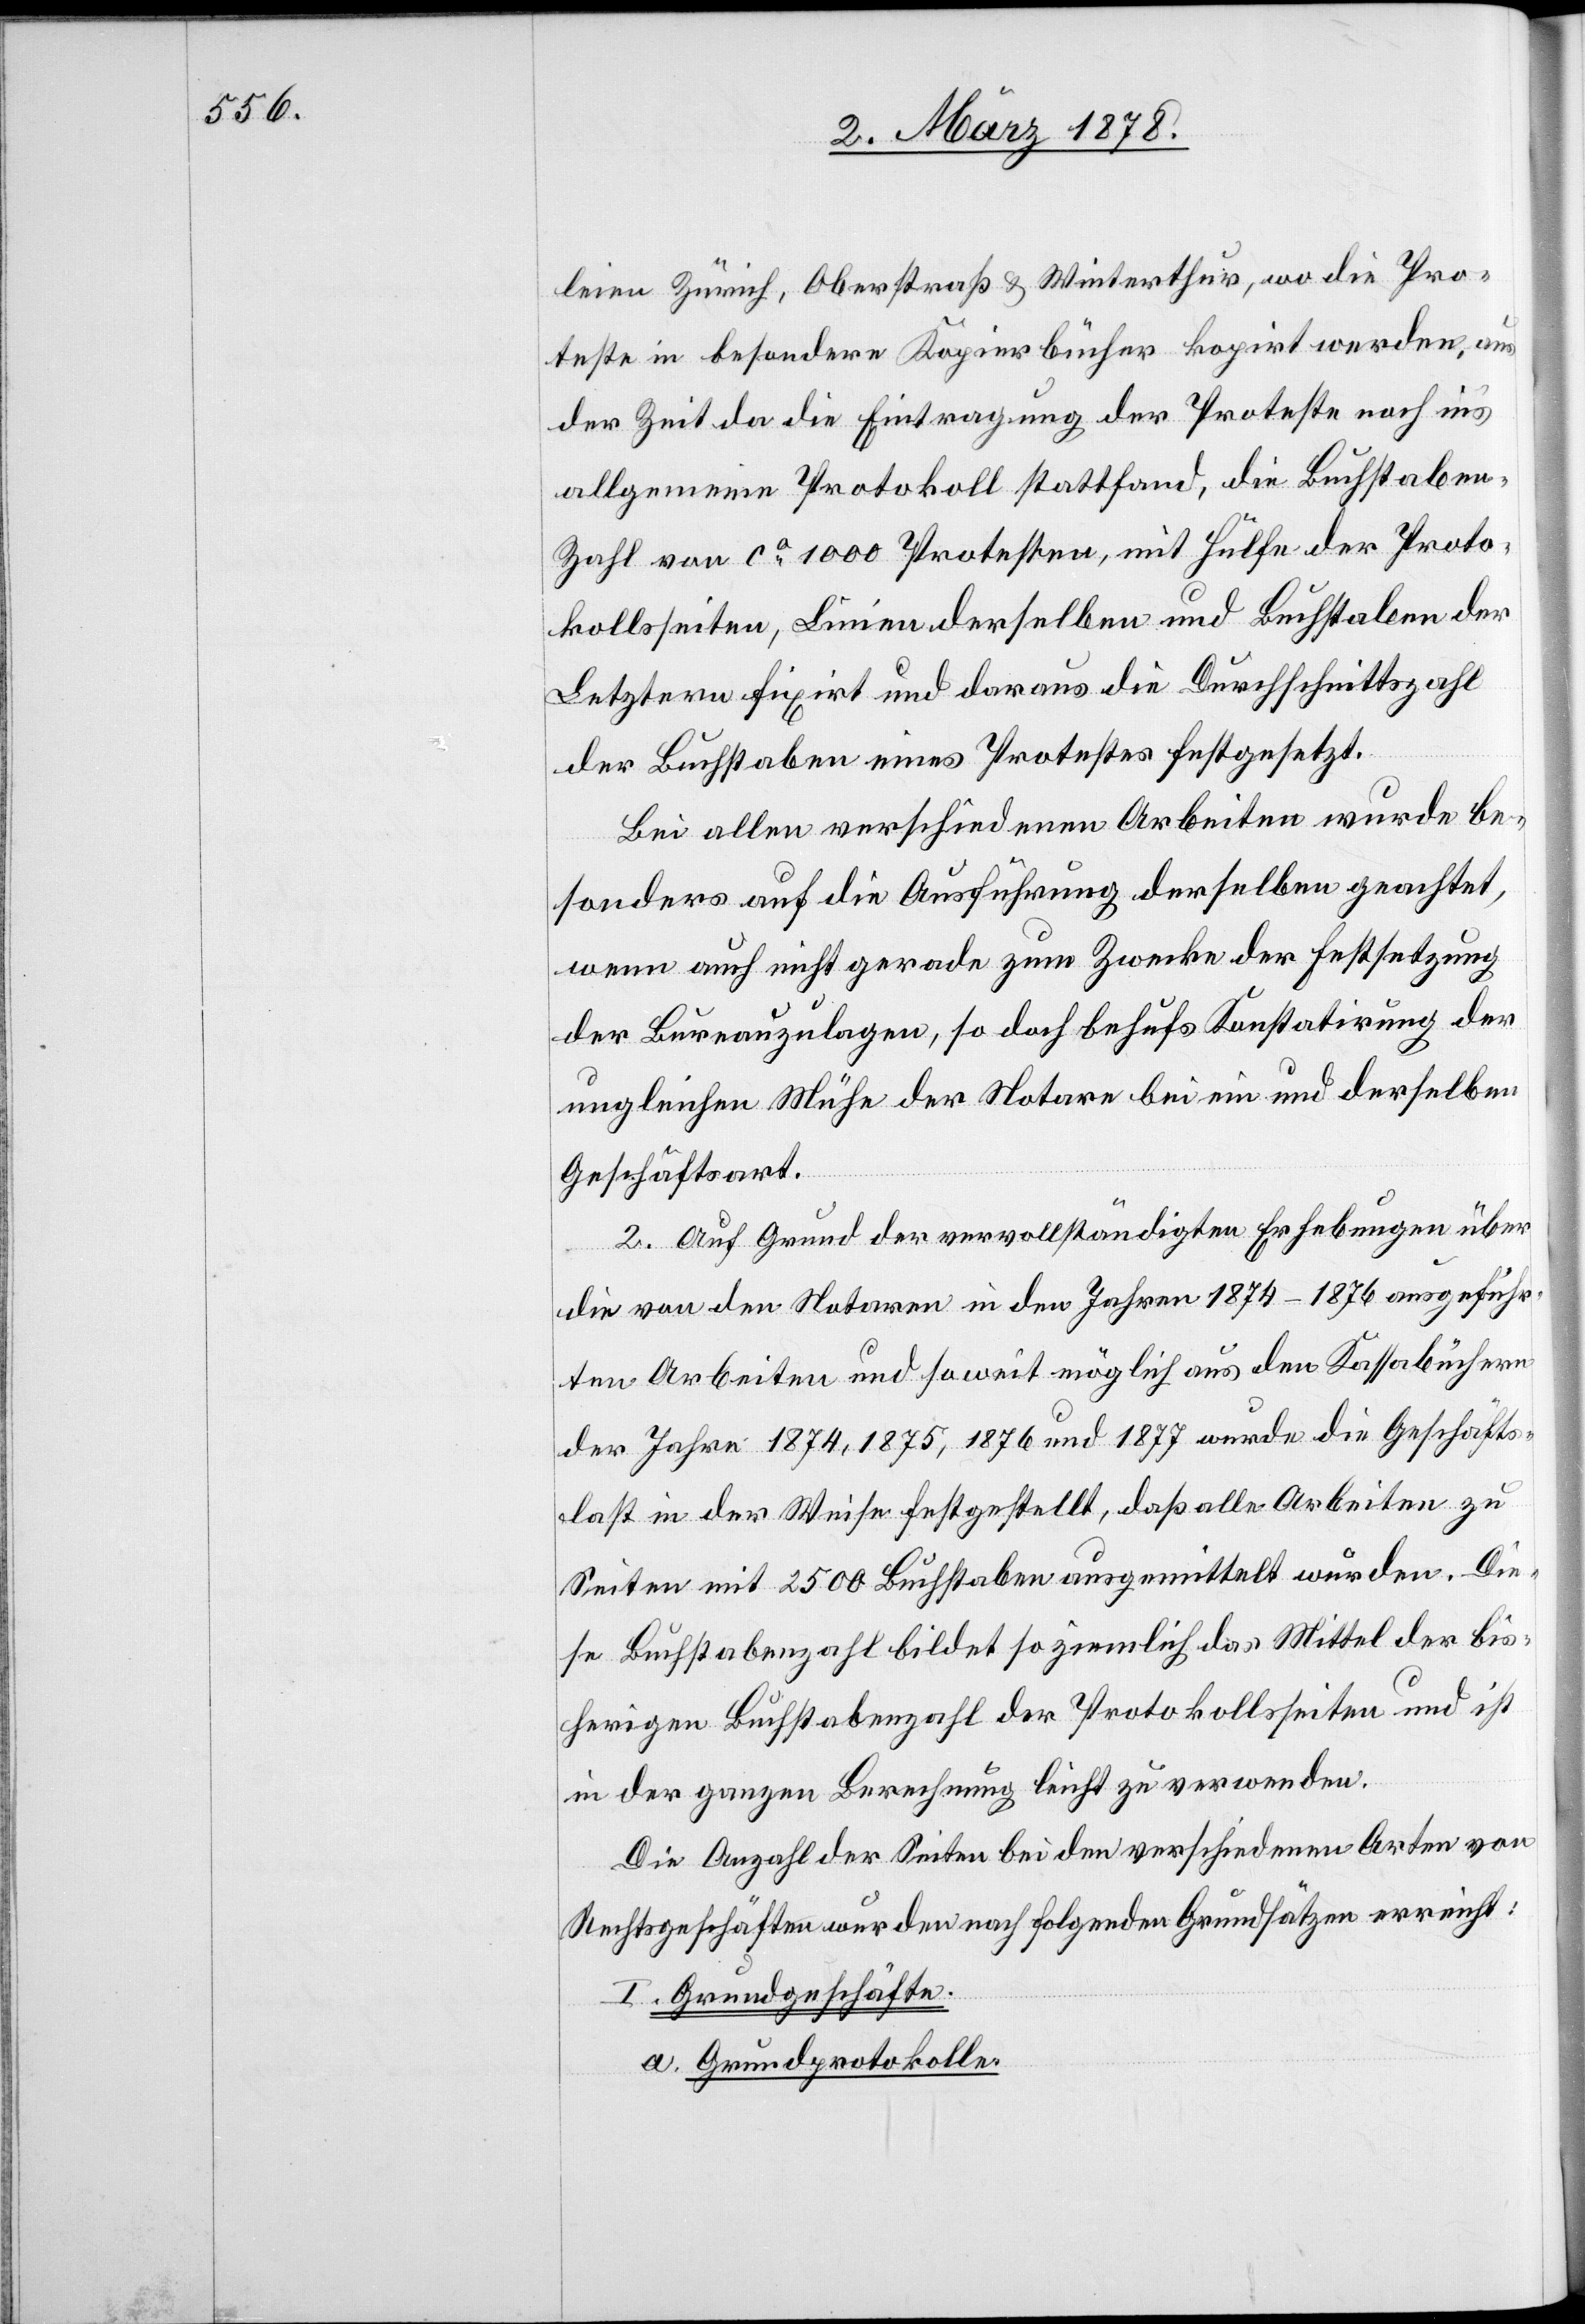
leien Zürich, Oberstraß & Winterthur, wo die Pro¬
teste in besondere Kopierbücher kopiert werden, aus
der Zeit da die Eintragung der Proteste noch in’s
allgemeine Protokoll stattfand, die Buchstabe¬
n-Zahl von ca 1000 Protesten, mit Hülfe der Proto¬
kollseiten, Linien derselben und Buchstaben der
Letztern fixirt und daraus die Durchschnittszahl
der Buchstaben eines Protestes festgesetzt.
Bei allen verschiedenen Arbeiten wurde be¬
sonders auf die Ausführung derselben geachtet,
wenn auch nicht gerade zum Zwecke der Festsetzung
der Bureauzulagen, so doch behufs Konstatirung der
ungleichen Mühe der Notare bei ein und derselben
Geschäftsart.
2. Auf Grund der vervollständigten Erhebung über
die von den Notaren in den Jahren 1874–1876 ausgeführ¬
ten Arbeiten und so weit möglich aus den Kassabüchern
der Jahre 1874, 1875, 1876 und 1877 wurde die Geschäfts¬
last in der Weise festgestellt, daß alle Arbeiten zu
Seiten mit 2500 Buchstaben ausgemittelt wurden. Die¬
se Buchstabenzahl bildet so ziemlich das Mittel der bis¬
herigen Buchstabenzahl der Protokollseiten und ist
in der ganzen Berechnung leicht zu verwenden.
Die Anzahl der Seiten bei den verschiedenen Orten von
Rechtgeschäften wurden nach folgenden Grundsätzen erreicht:
I. Grundgeschäfte.
a. Grundprotokolle.